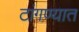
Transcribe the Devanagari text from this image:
टांगण्यात